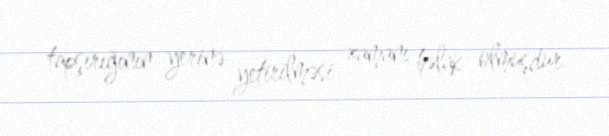
tapşırığının yerinə yetirilməsi zamanı həlak olmuşdur.